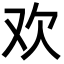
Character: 欢